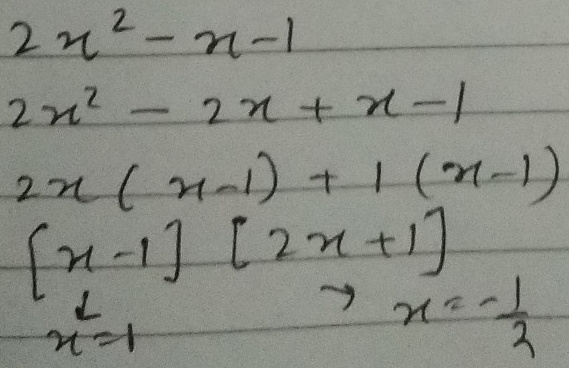
\begin{align*}
&2x^{2}-x - 1\\
=&2x^{2}-2x+x - 1\\
=&2x(x - 1)+1(x - 1)\\
=&(x - 1)(2x + 1)
\end{align*}
\(x = 1\quad\rightarrow\quad x=-\frac{1}{2}\)